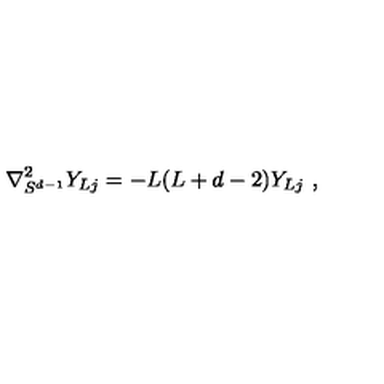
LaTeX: \nabla _ { S ^ { d - 1 } } ^ { 2 } Y _ { L j } = - L ( L + d - 2 ) Y _ { L j } \ ,